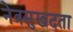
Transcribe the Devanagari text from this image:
नेत्रसुखदता